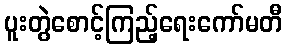
ပူးတွဲစောင့်ကြည့်ရေးကော်မတီ